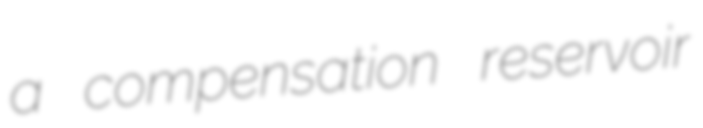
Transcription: a compensation reservoir